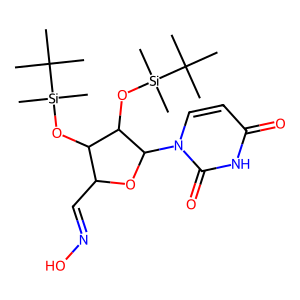
SMILES: CC(C)(C)[Si](C)(C)OC1C(C=NO)OC(n2ccc(=O)[nH]c2=O)C1O[Si](C)(C)C(C)(C)C
Inhibits HIV replication: No